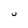
Character: U